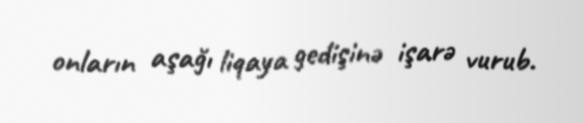
onların aşağı liqaya gedişinə işarə vurub.